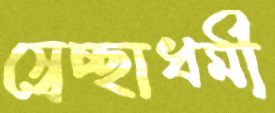
স্বেচ্ছাধর্মী